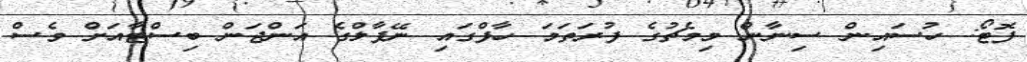
ފޮޓޯ: ހުސައިން ސިނާން މިމެޗުގެ ފުރަތަމަ ހާފްގައި ނޭޕާލްގެ އަންޖަން ބިސްޓާއަށް ވެސް